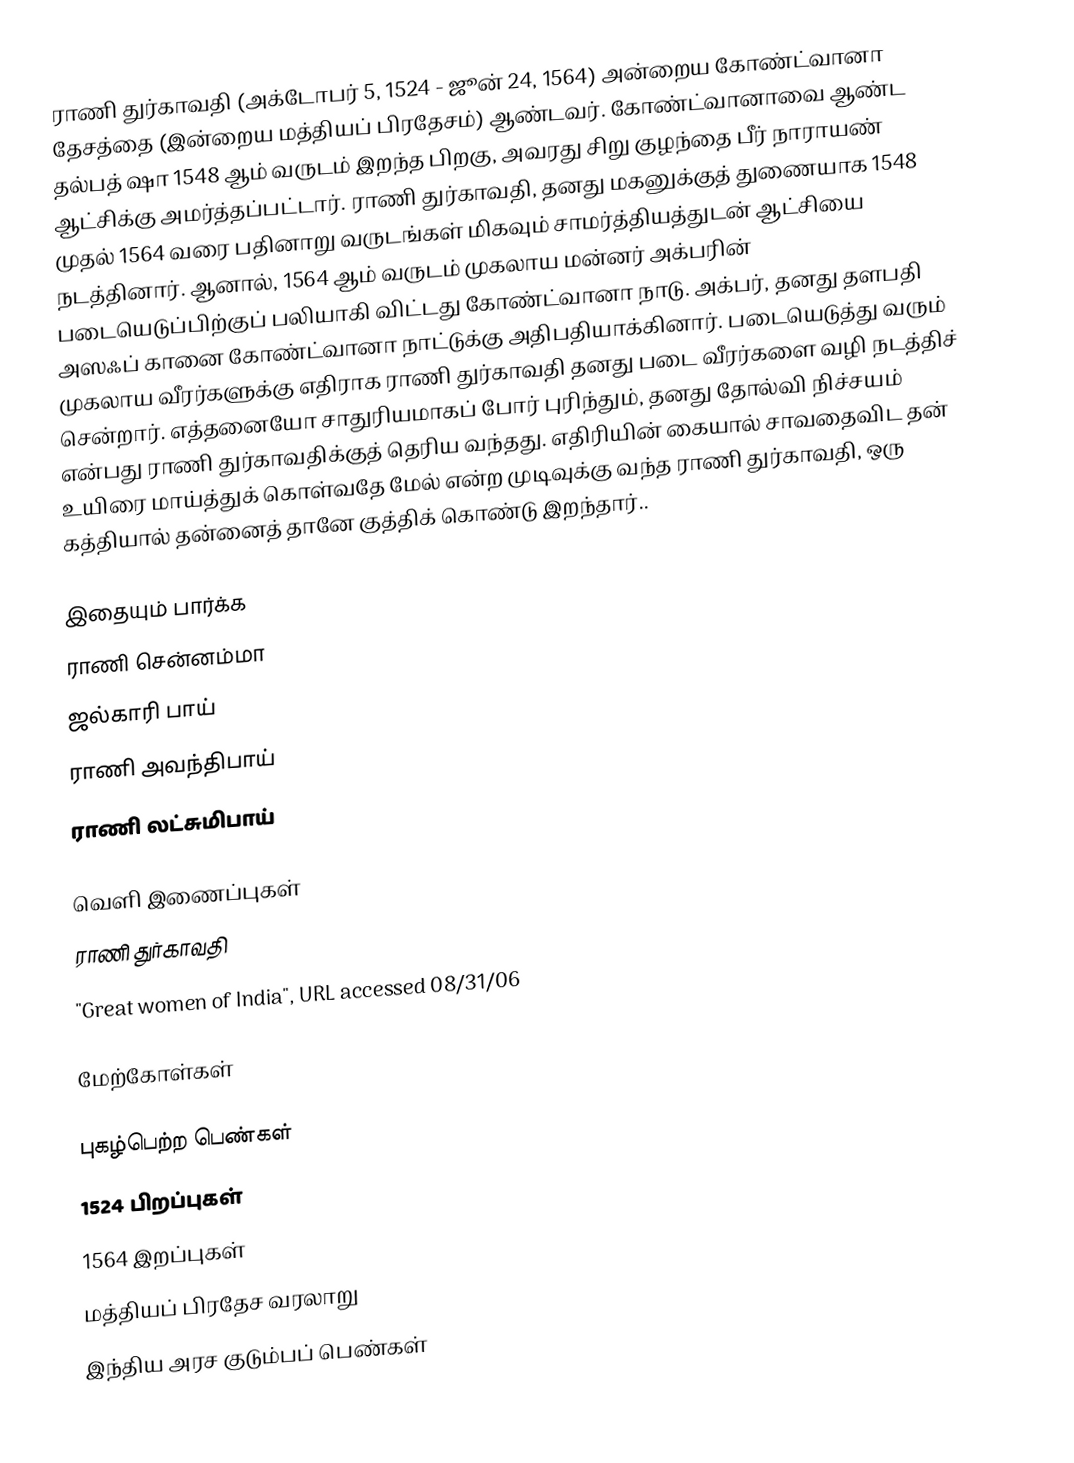
ராணி துர்காவதி (அக்டோபர் 5, 1524 - ஜூன் 24, 1564)  அன்றைய கோண்ட்வானா தேசத்தை (இன்றைய மத்தியப் பிரதேசம்) ஆண்டவர். கோண்ட்வானாவை ஆண்ட தல்பத் ஷா 1548 ஆம் வருடம் இறந்த பிறகு, அவரது சிறு குழந்தை பீர் நாராயண் ஆட்சிக்கு அமர்த்தப்பட்டார். ராணி துர்காவதி, தனது மகனுக்குத் துணையாக 1548 முதல் 1564 வரை பதினாறு வருடங்கள் மிகவும் சாமர்த்தியத்துடன் ஆட்சியை நடத்தினார். ஆனால், 1564 ஆம் வருடம் முகலாய மன்னர் அக்பரின் படையெடுப்பிற்குப் பலியாகி விட்டது கோண்ட்வானா நாடு. அக்பர், தனது தளபதி அஸஃப் கானை கோண்ட்வானா நாட்டுக்கு அதிபதியாக்கினார். படையெடுத்து வரும் முகலாய வீரர்களுக்கு எதிராக ராணி துர்காவதி தனது படை வீரர்களை வழி நடத்திச் சென்றார். எத்தனையோ சாதுரியமாகப் போர் புரிந்தும், தனது தோல்வி நிச்சயம் என்பது ராணி துர்காவதிக்குத் தெரிய வந்தது. எதிரியின் கையால் சாவதைவிட தன் உயிரை மாய்த்துக் கொள்வதே மேல் என்ற முடிவுக்கு வந்த ராணி துர்காவதி, ஒரு கத்தியால் தன்னைத் தானே குத்திக் கொண்டு இறந்தார்..

இதையும் பார்க்க
ராணி சென்னம்மா
ஜல்காரி பாய்
ராணி அவந்திபாய்
ராணி லட்சுமிபாய்

வெளி இணைப்புகள்
 ராணி துர்காவதி
"Great women of India", URL accessed 08/31/06

மேற்கோள்கள்

புகழ்பெற்ற பெண்கள்
1524 பிறப்புகள்
1564 இறப்புகள்
மத்தியப் பிரதேச வரலாறு
இந்திய அரச குடும்பப் பெண்கள்